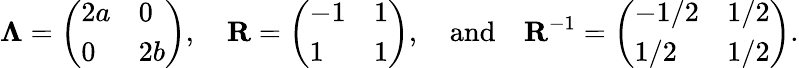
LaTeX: \mathbf{\Lambda}=\left(\begin{array}{ll}{2a}&{0}\\ {0}&{2b}\end{array}\right),\quad\mathbf{R}=\left(\begin{array}{ll}{-1}&{1}\\ {1}&{1}\end{array}\right),\quad\mathrm{and}\quad\mathbf{R}^{-1}=\left(\begin{array}{ll}{-1/2}&{1/2}\\ {1/2}&{1/2}\end{array}\right).